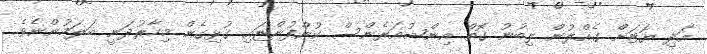
އަދި ޔޮޓަށް ގެއްލުން ލިބުނު ގޮތް އިންޝުއަރެންސް ކުންފުންޏައި ގުޅިގެން މިހާރުދަނީ ބަލަމުންނެވެ.